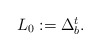
\begin{align*}\begin{array}{c}L_{0}:=\Delta _{b}^{t}.\end{array}\end{align*}